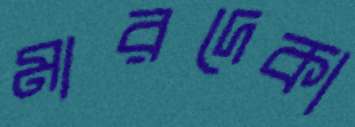
মারদেকা